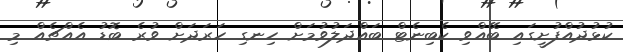
ކުޅުދުއްފުށީގައި ބޭއްވި ކެބިނެޓް ބައްދަލުވުމަށް ހިނގި ހަރަދަށް ވުރެ ބޮޑު އެއްޗެއް މި